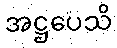
အဋ္ဌပေသိ